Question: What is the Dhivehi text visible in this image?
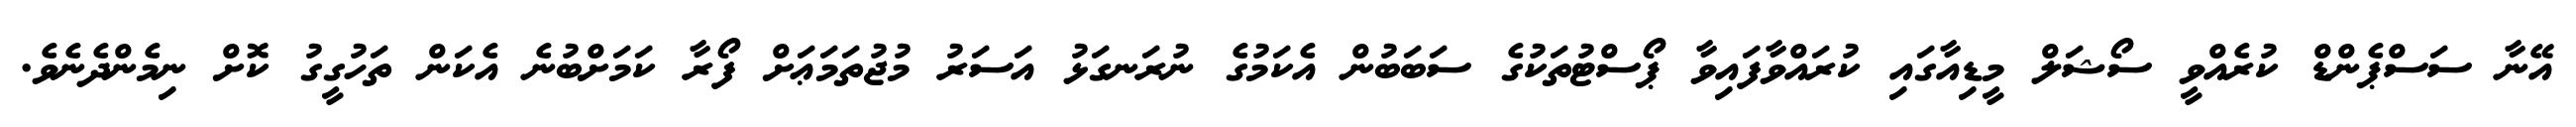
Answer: އޭނާ ސަސްޕެންޑް ކުރެއްވީ ސޯޝަލް މީޑިއާގައި ކުރައްވާފައިވާ ޕޯސްޓުތަކުގެ ސަބަބުން އެކަމުގެ ނުރަނގަޅު އަސަރު މުޖުތަމަޢަށް ފޯރާ ކަމަށްބުނެ އެކަން ތަހުގީގު ކޮށް ނިމެންދެނެވެ.